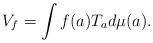
LaTeX: \begin{align*}V_f=\int f(a)T_ad\mu(a).\end{align*}